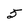
Character: 5